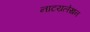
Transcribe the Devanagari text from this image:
नाटय़लेखन